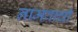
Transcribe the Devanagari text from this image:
नामवाची